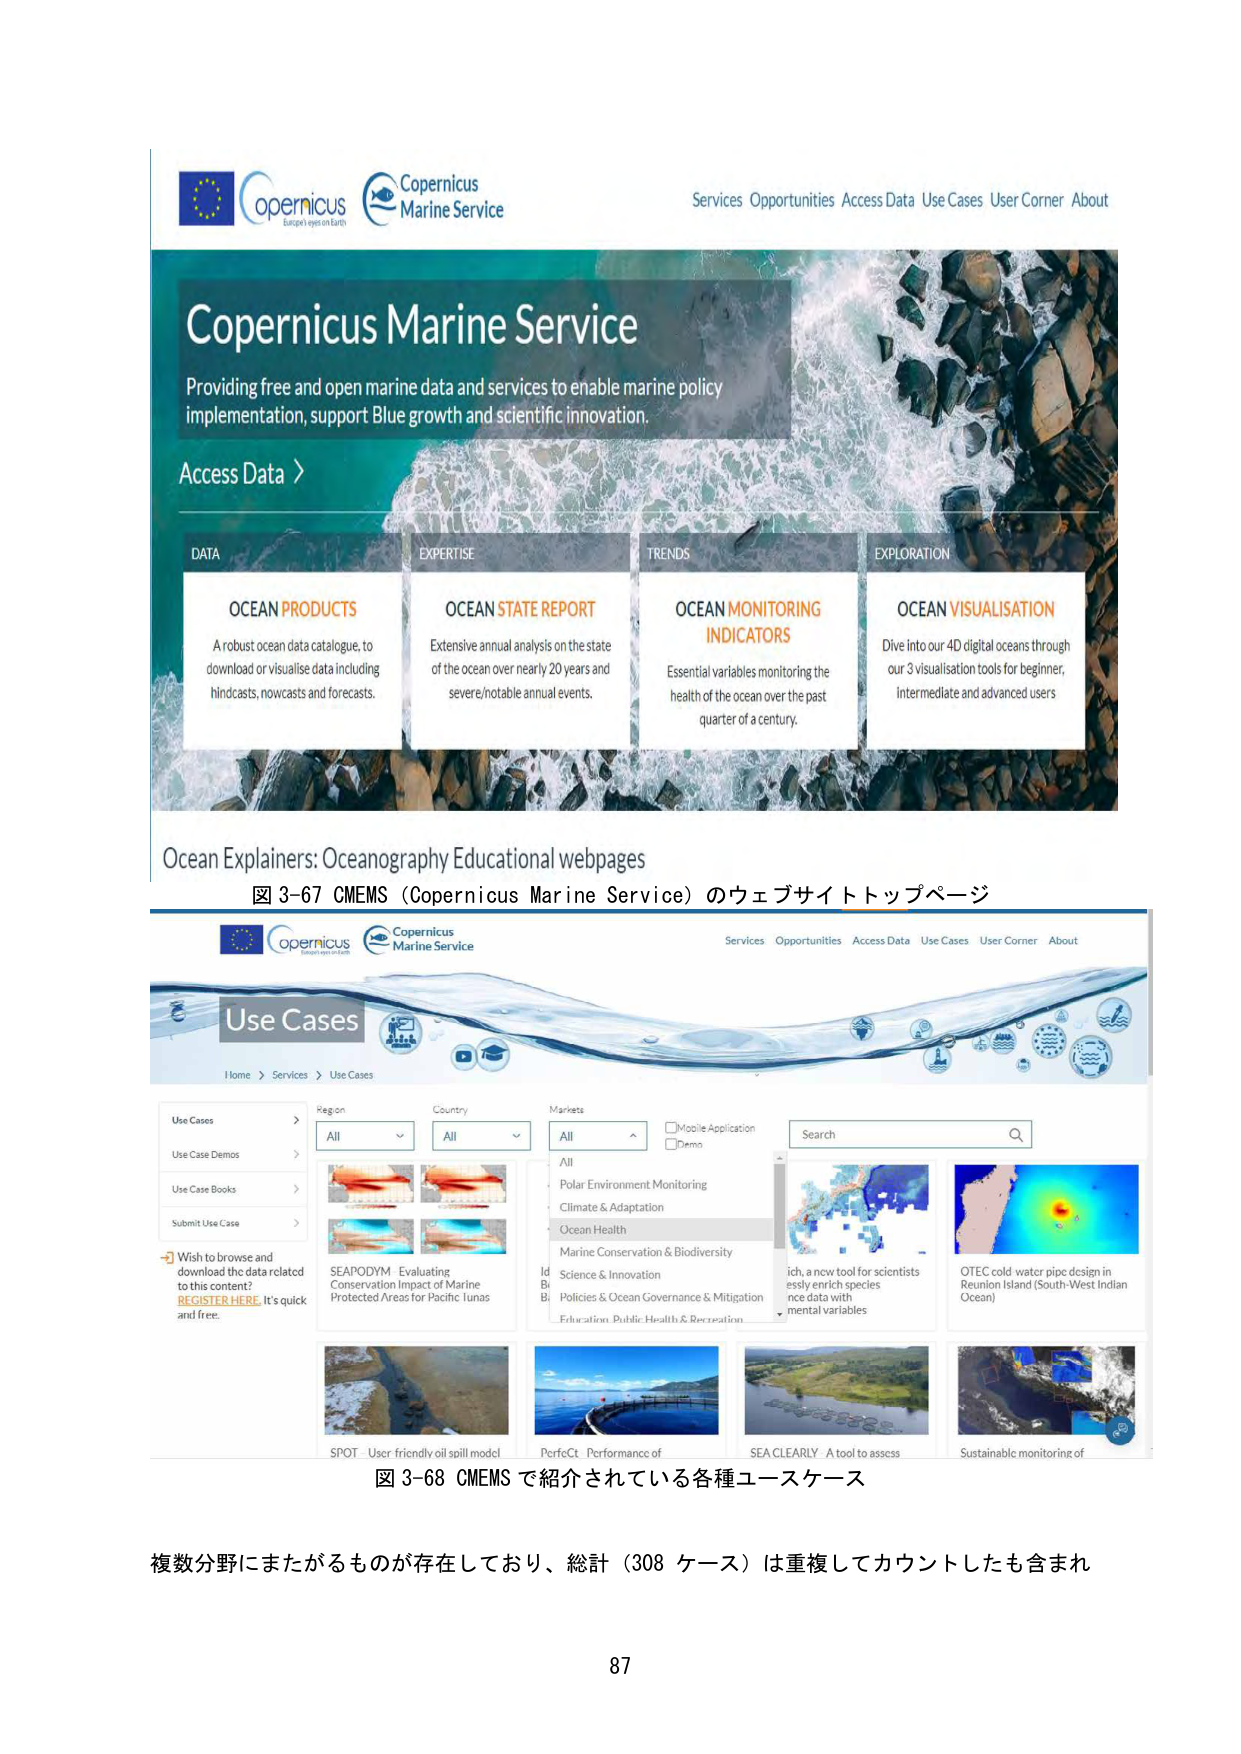
Copernicus
Europe eyes on Earth
Copernicus
Marine Service
Services Opportunities Access Data Use Cases User Corner About
Copernicus Marine Service
Providing free and open marine data and services to enable marine policy
implementation, support Blue growth and scientific innovation.
Access Data >
DATA
OCEAN PRODUCTS
A robust ocean data catalogue, to
download or visualise data including
hindcasts, nowcasts and forecasts.
EXPERTISE
OCEAN STATE REPORT
Extensive annual analysis on the state
of the ocean over nearly 20 years and
severe/notable annual events.
TRENDS
OCEAN MONITORING
INDICATORS
Essential variables monitoring the
health of the ocean over the past
quarter of a century.
EXPLORATION
OCEAN VISUALISATION
Dive into our 4D digital oceans through
our 3 visualisation tools for beginner,
intermediate and advanced users
Ocean Explainers: Oceanography Educational webpages
図 3-67 CMEMS（Copernicus Marine Service）のウェブサイトトップページ
Copernicus
Europe eyes on Earth
Copernicus
Marine Service
Services Opportunities Access Data Use Cases User Corner About
Use Cases
Home > Services > Use Cases
Use Cases
Use Case Demos
Use Case Books
Submit Use Case
Wish to browse and
download the data related
to this content?
REGISTER HERE. It's quick
and free.
Region
All
Country
All
Markets
All
Mobile Application
Demo
Search
Polar Environment Monitoring
Climate & Adaptation
Ocean Health
Marine Conservation & Biodiversity
Science & Innovation
Policies & Ocean Governance & Mitigation
Education Public Health & Recreation
SEAPODYM Evaluating
Conservation Impact of Marine
Protected Areas for Pacific lunas
ich, a new tool for scientists
essly enrich species
nce data with
mental variables
OTEC cold water pipe design in
Reunion Island (South-West Indian
Ocean)
SPOT - User friendly oil spill model
PerfeCt - Performance of
SEA CLEARLY - A tool to assess
Sustainable monitoring of
図 3-68 CMEMS で紹介されている各種ユースケース
複数分野にまたがるもののが存在しており、総計（308 ケース）は重複してカウントしたも含まれ
87